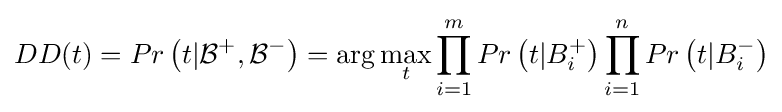
DD(t)=Pr\left(t|{\mathcal {B}}^{+},{\mathcal {B}}^{-}\right)=\arg \max _{t}\prod _{i=1}^{m}Pr\left(t|B_{i}^{+}\right)\prod _{i=1}^{n}Pr\left(t|B_{i}^{-}\right)